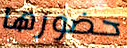
حضورها